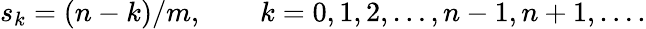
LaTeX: s_{k}=(n-k)/m,\qquad k=0,1,2,\ldots,n-1,n+1,\dots.